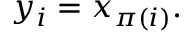
y _ { i } = x _ { \pi ( i ) } .